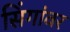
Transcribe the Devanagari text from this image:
सिंगांवर